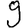
Digit: 9